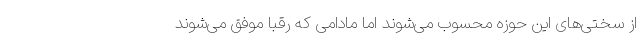
از سختی‌های این حوزه محسوب می‌شوند اما مادامی که رقبا موفق می‌شوند